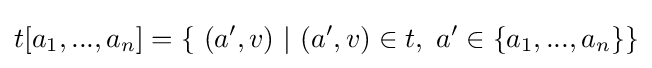
t[a_{1},...,a_{n}]=\{\ (a',v)\ |\ (a',v)\in t,\ a'\in \{a_{1},...,a_{n}\}\}